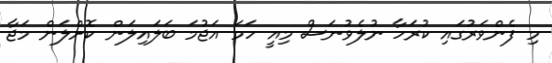
މި ފެންވަރުގައި ކުރަހާ ނުލެވުނަސް މިއީ ހަމަ އަޖުމަ ބަލައިލަން ކޮށްލަން މަޖާ